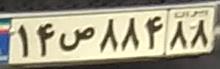
۱۴ص۸۸۴۸۸